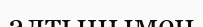
алтынымен